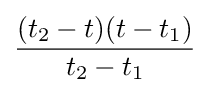
{\frac {(t_{2}-t)(t-t_{1})}{t_{2}-t_{1}}}